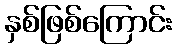
နှစ်ဖြစ်ကြောင်း